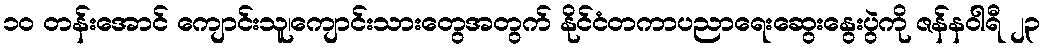
၁၀ တန်းအောင် ကျောင်းသူ၊ကျောင်းသားတွေအတွက် နိုင်ငံတကာပညာရေးဆွေးနွေးပွဲကို ဇန်နဝါရီ ၂၃